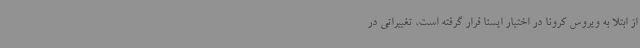
از ابتلا به ویروس کرونا در اختیار ایسنا قرار گرفته است، تغییراتی در